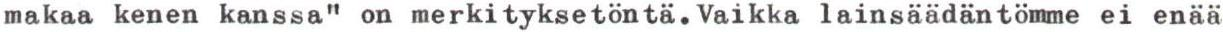
makaa kenen kanssa" on merkityksetöntä.Vaikka lainsäädäntömme ei enää